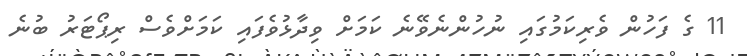
11 ގެ ފަހުން ވެރިކަމުގައި ނުހުންނެވޭނެ ކަމަށް ވިދާޅުވެފައި ކަމަށްވެސް ރިޕޯޓަރު ބުނެ